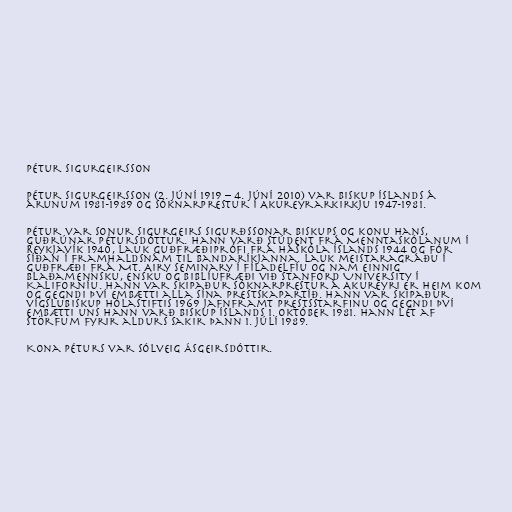
Pétur Sigurgeirsson

Pétur Sigurgeirsson (2. júní 1919 – 4. júní 2010) var biskup Íslands á
árunum 1981-1989 og sóknarprestur í Akureyrarkirkju 1947-1981.

Pétur var sonur Sigurgeirs Sigurðssonar biskups og konu hans,
Guðrúnar Pétursdóttur. Hann varð stúdent frá Menntaskólanum í
Reykjavík 1940, lauk guðfræðiprófi frá Háskóla Íslands 1944 og fór
síðan í framhaldsnám til Bandaríkjanna. Lauk meistaragráðu í
guðfræði frá Mt. Airy Seminary í Fíladelfíu og nam einnig
blaðamennsku, ensku og biblíufræði við Stanford University í
Kaliforníu. Hann var skipaður sóknarprestur á Akureyri er heim kom
og gegndi því embætti alla sína prestskapartíð. Hann var skipaður
vígslubiskup Hólastiftis 1969 jafnframt prestsstarfinu og gegndi því
embætti uns hann varð biskup Íslands 1. október 1981. Hann lét af
störfum fyrir aldurs sakir þann 1. júlí 1989.

Kona Péturs var Sólveig Ásgeirsdóttir.